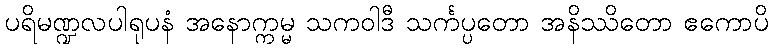
ပရိမဏ္ဍလပါရုပနံ အနောက္ကမ္မ သကဝါဒီ သင်္ကပ္ပတော အနိဿိတော ဧကောပိ